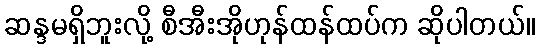
ဆန္ဒမရှိဘူးလို့ စီအီးအိုဟုန်ထန်ထပ်က ဆိုပါတယ်။